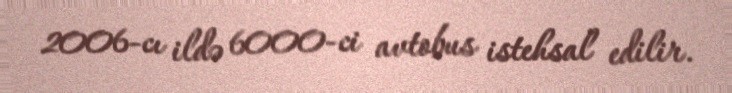
2006-cı ildə 6000-ci avtobus istehsal edilir.